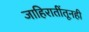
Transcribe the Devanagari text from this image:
जाहिरातींतूनही